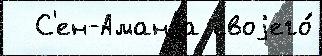
  С'ен-Аманда своjего́